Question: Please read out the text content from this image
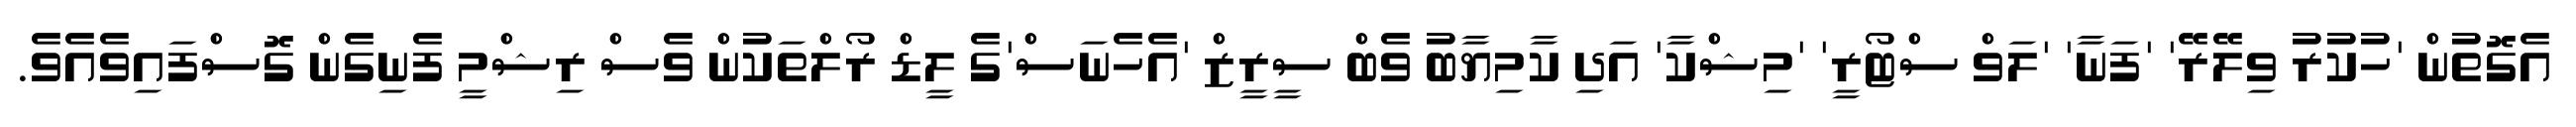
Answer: އެގޮތުން 'ހުކުރު ވިލޭރޭ' 'ފަނާ' 'ލަވް ސްޓޯރީ' 'މިޝްކާ' އަދި ކާމިޔާބު ވެބް ސީރީޒް 'އެހެނަސް'ގެ ލީޑް ރޯލްތަކުން ވެސް ރިޝްމީ ފެނިގެން ގޮސްފައިވެއެވެ.